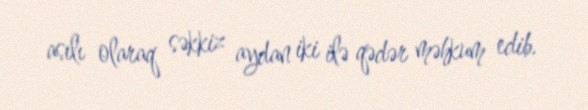
asılı olaraq səkkiz aydan iki ilə qədər məhkum edib.